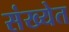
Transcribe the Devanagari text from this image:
संख्‍येत